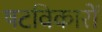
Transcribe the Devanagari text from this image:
षटविकारों